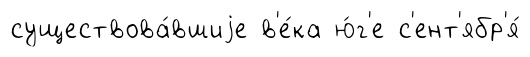
существова́вшиjе в'е́ка ю́г'е с'ент'ябр'я́